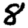
Digit: 8